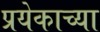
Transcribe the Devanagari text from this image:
प्रयेकाच्या